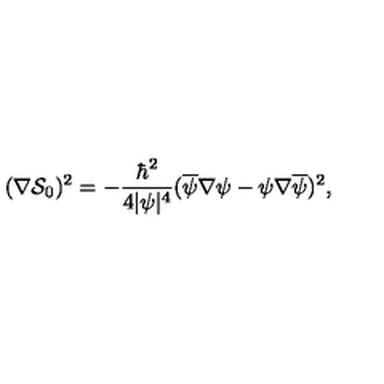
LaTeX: ( \nabla \mathcal { S } _ { 0 } ) ^ { 2 } = - { \frac { \hbar ^ { 2 } } { 4 | \psi | ^ { 4 } } } ( \overline { \psi } \nabla \psi - \psi \nabla \overline { \psi } ) ^ { 2 } ,